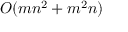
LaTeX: O ( m n ^ { 2 } + m ^ { 2 } n )